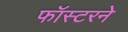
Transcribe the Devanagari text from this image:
फॉस्टरने